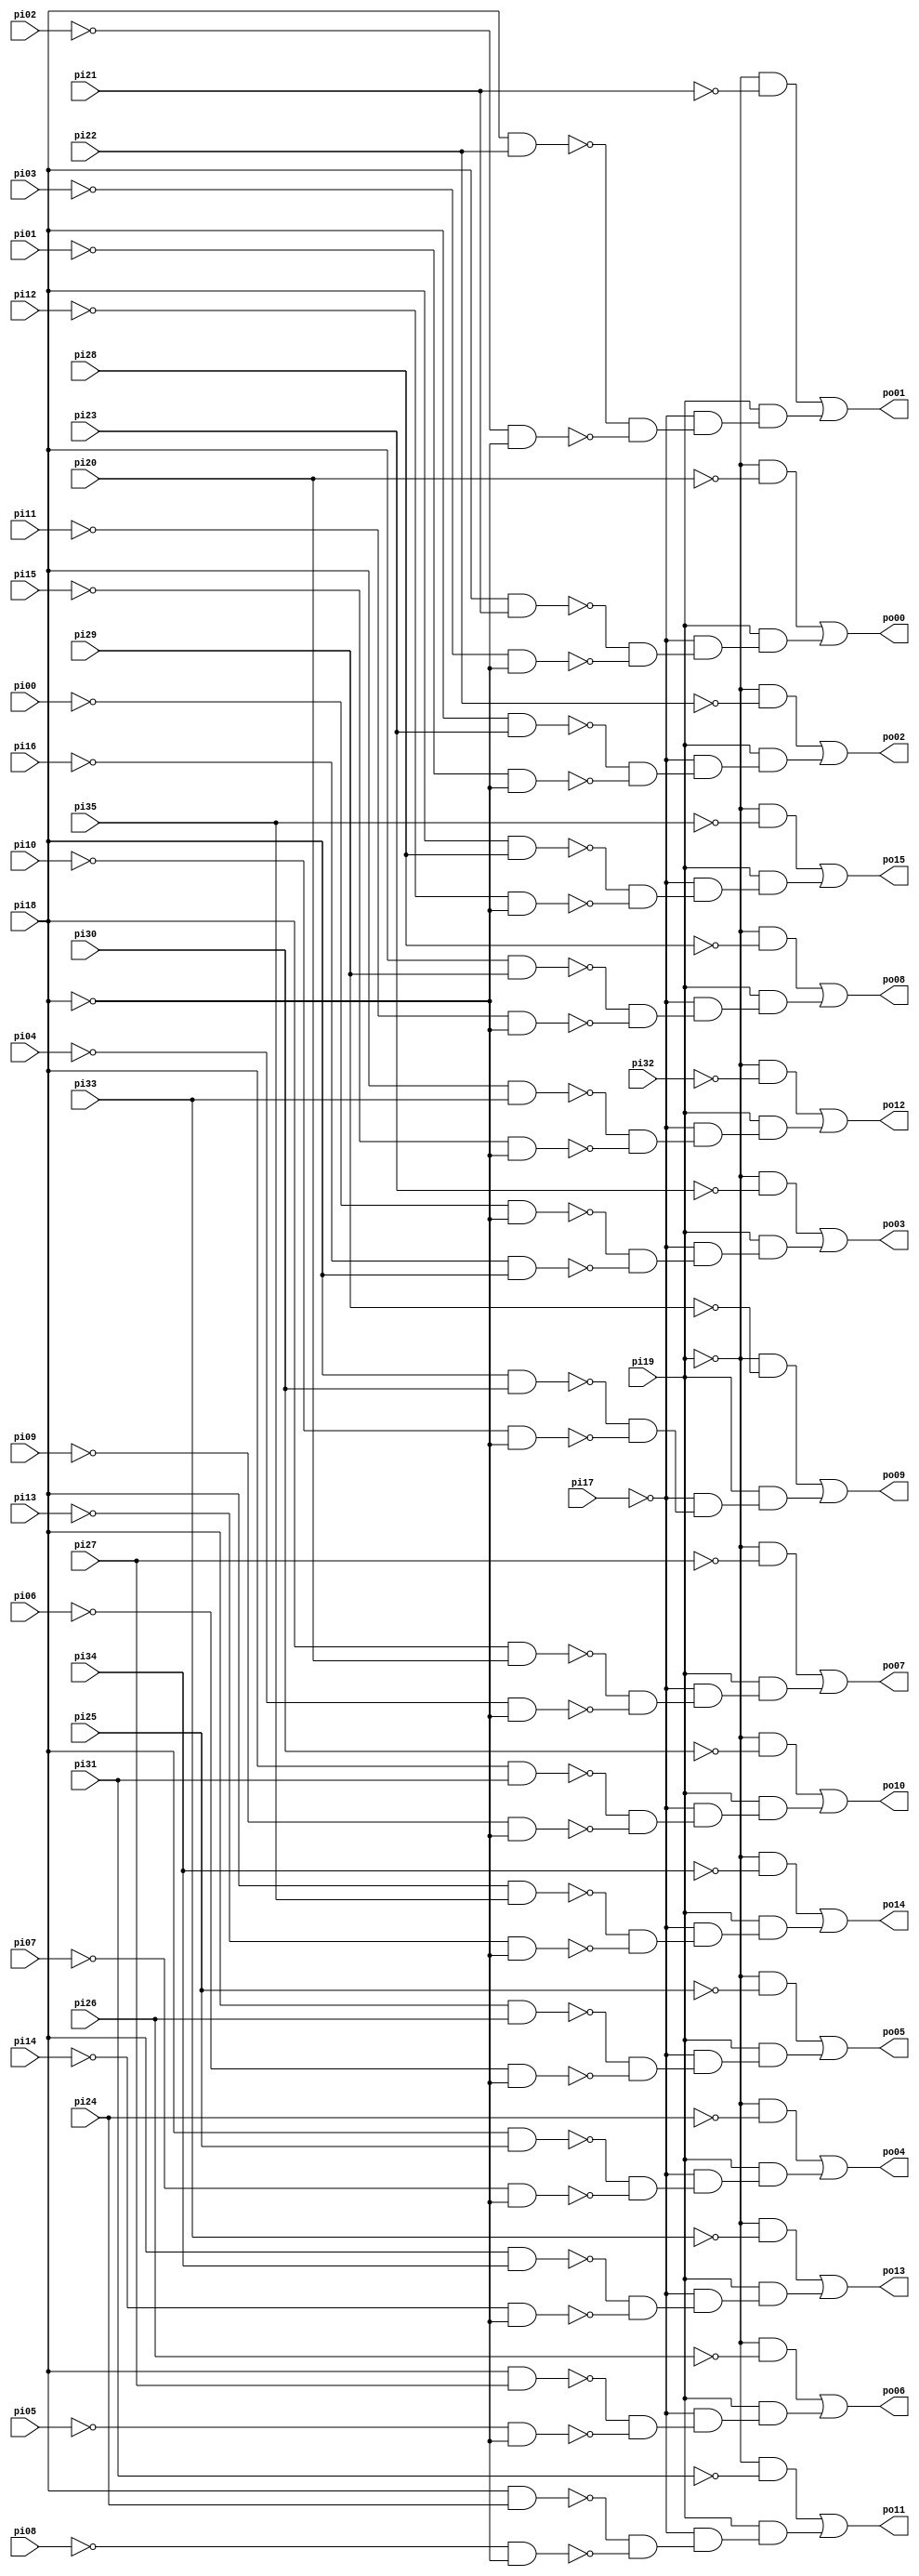
// Benchmark "unreg" written by ABC on Sun Apr 22 21:43:15 2018

module unreg ( 
    pi00, pi01, pi02, pi03, pi04, pi05, pi06, pi07, pi08, pi09, pi10, pi11,
    pi12, pi13, pi14, pi15, pi16, pi17, pi18, pi19, pi20, pi21, pi22, pi23,
    pi24, pi25, pi26, pi27, pi28, pi29, pi30, pi31, pi32, pi33, pi34, pi35,
    po00, po01, po02, po03, po04, po05, po06, po07, po08, po09, po10, po11,
    po12, po13, po14, po15  );
  input  pi00, pi01, pi02, pi03, pi04, pi05, pi06, pi07, pi08, pi09,
    pi10, pi11, pi12, pi13, pi14, pi15, pi16, pi17, pi18, pi19, pi20, pi21,
    pi22, pi23, pi24, pi25, pi26, pi27, pi28, pi29, pi30, pi31, pi32, pi33,
    pi34, pi35;
  output po00, po01, po02, po03, po04, po05, po06, po07, po08, po09, po10,
    po11, po12, po13, po14, po15;
  wire n53, n54, n55, n56, n57, n58, n60, n61, n62, n63, n64, n65, n67, n68,
    n69, n70, n71, n72, n74, n75, n76, n77, n78, n79, n81, n82, n83, n84,
    n85, n86, n88, n89, n90, n91, n92, n93, n95, n96, n97, n98, n99, n100,
    n102, n103, n104, n105, n106, n107, n109, n110, n111, n112, n113, n114,
    n116, n117, n118, n119, n120, n121, n123, n124, n125, n126, n127, n128,
    n130, n131, n132, n133, n134, n135, n137, n138, n139, n140, n141, n142,
    n144, n145, n146, n147, n148, n149, n151, n152, n153, n154, n155, n156,
    n158, n159, n160, n161, n162, n163;
  assign n53 = pi18 & pi21;
  assign n54 = ~pi03 & ~pi18;
  assign n55 = ~n53 & ~n54;
  assign n56 = ~pi17 & n55;
  assign n57 = ~pi19 & ~pi20;
  assign n58 = pi19 & n56;
  assign po00 = n57 | n58;
  assign n60 = pi18 & pi22;
  assign n61 = ~pi02 & ~pi18;
  assign n62 = ~n60 & ~n61;
  assign n63 = ~pi17 & n62;
  assign n64 = ~pi19 & ~pi21;
  assign n65 = pi19 & n63;
  assign po01 = n64 | n65;
  assign n67 = pi18 & pi23;
  assign n68 = ~pi01 & ~pi18;
  assign n69 = ~n67 & ~n68;
  assign n70 = ~pi17 & n69;
  assign n71 = ~pi19 & ~pi22;
  assign n72 = pi19 & n70;
  assign po02 = n71 | n72;
  assign n74 = ~pi00 & ~pi18;
  assign n75 = ~pi16 & pi18;
  assign n76 = ~n74 & ~n75;
  assign n77 = ~pi17 & n76;
  assign n78 = ~pi19 & ~pi23;
  assign n79 = pi19 & n77;
  assign po03 = n78 | n79;
  assign n81 = pi18 & pi25;
  assign n82 = ~pi07 & ~pi18;
  assign n83 = ~n81 & ~n82;
  assign n84 = ~pi17 & n83;
  assign n85 = ~pi19 & ~pi24;
  assign n86 = pi19 & n84;
  assign po04 = n85 | n86;
  assign n88 = pi18 & pi26;
  assign n89 = ~pi06 & ~pi18;
  assign n90 = ~n88 & ~n89;
  assign n91 = ~pi17 & n90;
  assign n92 = ~pi19 & ~pi25;
  assign n93 = pi19 & n91;
  assign po05 = n92 | n93;
  assign n95 = pi18 & pi27;
  assign n96 = ~pi05 & ~pi18;
  assign n97 = ~n95 & ~n96;
  assign n98 = ~pi17 & n97;
  assign n99 = ~pi19 & ~pi26;
  assign n100 = pi19 & n98;
  assign po06 = n99 | n100;
  assign n102 = pi18 & pi20;
  assign n103 = ~pi04 & ~pi18;
  assign n104 = ~n102 & ~n103;
  assign n105 = ~pi17 & n104;
  assign n106 = ~pi19 & ~pi27;
  assign n107 = pi19 & n105;
  assign po07 = n106 | n107;
  assign n109 = pi18 & pi29;
  assign n110 = ~pi11 & ~pi18;
  assign n111 = ~n109 & ~n110;
  assign n112 = ~pi17 & n111;
  assign n113 = ~pi19 & ~pi28;
  assign n114 = pi19 & n112;
  assign po08 = n113 | n114;
  assign n116 = pi18 & pi30;
  assign n117 = ~pi10 & ~pi18;
  assign n118 = ~n116 & ~n117;
  assign n119 = ~pi17 & n118;
  assign n120 = ~pi19 & ~pi29;
  assign n121 = pi19 & n119;
  assign po09 = n120 | n121;
  assign n123 = pi18 & pi31;
  assign n124 = ~pi09 & ~pi18;
  assign n125 = ~n123 & ~n124;
  assign n126 = ~pi17 & n125;
  assign n127 = ~pi19 & ~pi30;
  assign n128 = pi19 & n126;
  assign po10 = n127 | n128;
  assign n130 = pi18 & pi24;
  assign n131 = ~pi08 & ~pi18;
  assign n132 = ~n130 & ~n131;
  assign n133 = ~pi17 & n132;
  assign n134 = ~pi19 & ~pi31;
  assign n135 = pi19 & n133;
  assign po11 = n134 | n135;
  assign n137 = pi18 & pi33;
  assign n138 = ~pi15 & ~pi18;
  assign n139 = ~n137 & ~n138;
  assign n140 = ~pi17 & n139;
  assign n141 = ~pi19 & ~pi32;
  assign n142 = pi19 & n140;
  assign po12 = n141 | n142;
  assign n144 = pi18 & pi34;
  assign n145 = ~pi14 & ~pi18;
  assign n146 = ~n144 & ~n145;
  assign n147 = ~pi17 & n146;
  assign n148 = ~pi19 & ~pi33;
  assign n149 = pi19 & n147;
  assign po13 = n148 | n149;
  assign n151 = pi18 & pi35;
  assign n152 = ~pi13 & ~pi18;
  assign n153 = ~n151 & ~n152;
  assign n154 = ~pi17 & n153;
  assign n155 = ~pi19 & ~pi34;
  assign n156 = pi19 & n154;
  assign po14 = n155 | n156;
  assign n158 = pi18 & pi28;
  assign n159 = ~pi12 & ~pi18;
  assign n160 = ~n158 & ~n159;
  assign n161 = ~pi17 & n160;
  assign n162 = ~pi19 & ~pi35;
  assign n163 = pi19 & n161;
  assign po15 = n162 | n163;
endmodule